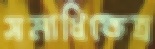
সমাধিক্ষেত্র